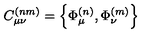
C _ { \mu \nu } ^ { ( n m ) } = \left\{ \Phi _ { \mu } ^ { ( n ) } , \Phi _ { \nu } ^ { ( m ) } \right\}